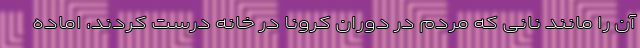
آن را مانند نانی که مردم در دوران کرونا در خانه درست کردند، اماده